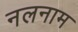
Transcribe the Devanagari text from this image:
नलनाम